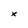
Character: x